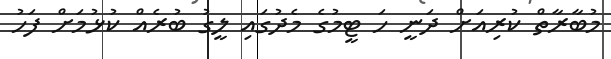
މުބާރާތް ކުރިއަށް ދަނީ ހަ ޓީމުގެ މެދުގައި ލީގު ބުރެއް ކުޅުމަށް ފަހު